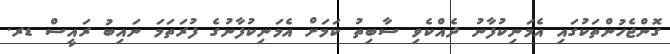
ގޮންޖެހުންތަކުގައި އެމަނިކުފާނު ދެއްކެވި ސާބިތު ކަމަށް އެމަނިކުފާނުގެ ފުރަތަމަ ނައިބު ރައީސް ޑރ.